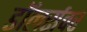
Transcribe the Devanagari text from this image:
डॉलर्सवर